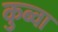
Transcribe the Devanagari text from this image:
कुब्वा